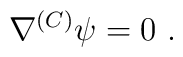
\nabla^{(C)} \psi = 0~.